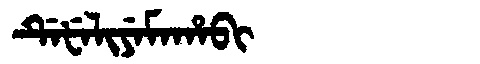
Manchu: ᡩᡝᡶᡝᠯᡳᠶᡝᠮᠠᡥᠠᠪᡳ
Romanization: DEFELIYEMAHABI